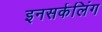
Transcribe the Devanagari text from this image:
इनसर्कलिंग